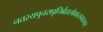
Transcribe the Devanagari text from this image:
नतस्यपुनरावृत्तिर्ब्रह्मलोकात्सनातनात्